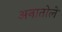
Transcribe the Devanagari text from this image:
अनातोले